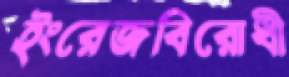
ইংরেজবিরোধী